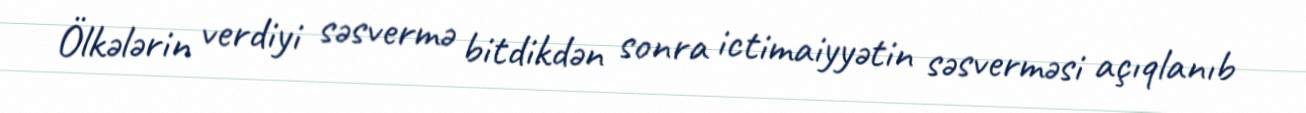
Ölkələrin verdiyi səsvermə bitdikdən sonra ictimaiyyətin səsverməsi açıqlanıb